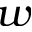
w